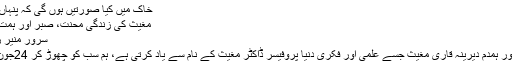
خاک میں کیا صورتیں ہوں گی کہ پنہاں ہو گئیں - ایکسپریس اردو
مغیث کی زندگی محنت، صبر اور ہمت کی قابل رشک تفسیر ہے
سرور منیر راؤ اتوار 28 جون 2020
میرے دوست ،کلاس فیلو اور ہمدم دیرینہ قاری مغیث جسے علمی اور فکری دنیا پروفیسر ڈاکٹر مغیث کے نام سے یاد کرتی ہے، ہم سب کو چھوڑ کر 24جون کو راہی ملک عدم ہوئے۔